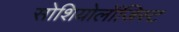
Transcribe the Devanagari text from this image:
सोशियोलॉजिस्ट